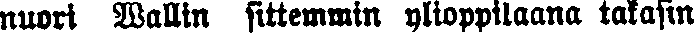
nuori Wallin sittemmin ylioppilaana takasin